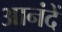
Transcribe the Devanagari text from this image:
आनंदें